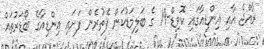
ރާއްޖެ އާއި އިންޑިއާގައި ކޮވިޑް-19 ގެ ބަލިމަޑުކަން ފެތުރެން ފަށައި އިންޑިއާގެ ބޯޑަރުތައް